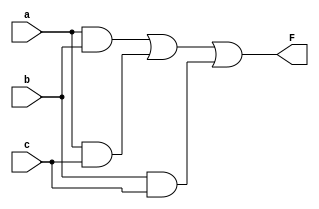
`timescale 1ns / 1ps
//////////////////////////////////////////////////////////////////////////////////
// Company: 
// Engineer: 
// 
// Design Name: 
// Module Name:    maj 
// Project Name: 
// Target Devices: 
// Tool versions: 
// Description: 
//
// Dependencies: 
//
// Revision: 
// Revision 0.01 - File Created
// Additional Comments: 
//
//////////////////////////////////////////////////////////////////////////////////
module maj(output F, input a, b, c);
	wire a1, a2, a3;
	
	and and1(a1, a, b);
	and and2(a2, a, c);
	and and3(a3, b, c);
	
	or or1(F, a1, a2, a3);
endmodule